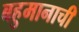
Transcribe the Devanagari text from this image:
बहुमानाची